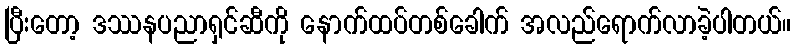
ပြီးတော့ ဒဿနပညာရှင်ဆီကို နောက်ထပ်တစ်ခေါက် အလည်ရောက်လာခဲ့ပါတယ်။